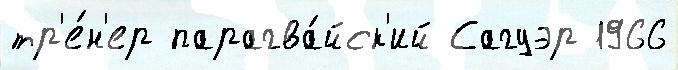
тр'е́н'ер парагва́йск'ий Сагуэр 1966